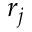
r _ { j }